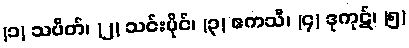
(၁) သပိတ်၊ (၂) သင်းပိုင်၊ (၃) ဧကသီ၊ (၄) ဒုကုဋ်၊ (၅)